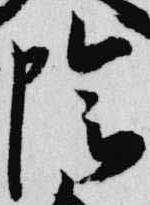
陰